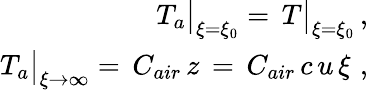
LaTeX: \begin{array}{r}{T_{a}\big\vert_{\xi=\xi_{0}}=\, T\big\vert_{\xi=\xi_{0}}\, ,\ }\\ {T_{a}\big\vert_{\xi\to\infty}=\, C_{air}\, z\, =\, C_{air}\, {c\, u\, \xi}\, \, ,\ }\end{array}